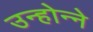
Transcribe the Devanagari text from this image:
उन्होन्ने